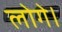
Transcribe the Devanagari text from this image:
लोगे।